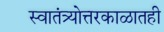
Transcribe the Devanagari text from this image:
स्वातंत्र्योत्तरकाळातही